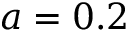
a = 0 . 2